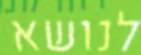
לנושא